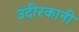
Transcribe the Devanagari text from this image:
उंदीरकानी